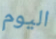
اليوم